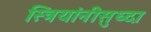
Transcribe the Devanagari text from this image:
स्त्रियांनीसुध्दा